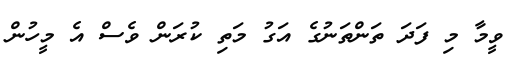
ވީމާ މި ފަދަ ތަންތަނުގެ އަގު މަތި ކުރަން ވެސް އެ މީހުން